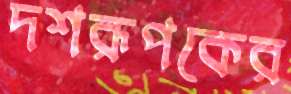
দশরূপকের